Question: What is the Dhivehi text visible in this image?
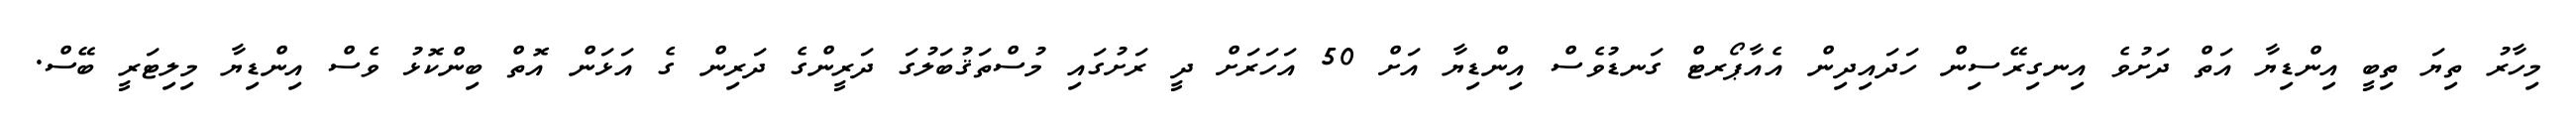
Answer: މިހާރު ތިޔަ ތިބީ އިންޑިޔާ އަތް ދަށުވެ އިނގިރޭސިން ހަދައިދިން އެއާޕޯރޓް ގަނޑުވެސް އިންޑިޔާ އަށް 50 އަހަރަށް ދީ ރަށުގައި މުސްތަޤުބަލުގަ ދަރީންގެ ދަރިން ގެ އަޅަން އޮތް ބިންކޮޅު ވެސް އިންޑިޔާ މިލިޓަރީ ބޭސް.